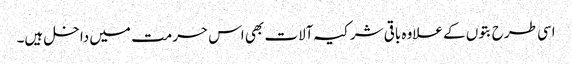
اسی طرح بتوں کے علاوہ باقی شرکیہ آلات بھی اس حرمت میں داخل ہیں۔